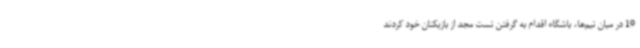
19 در میان تیم‌ها، باشگاه اقدام به گرفتن تست مجد از بازیکنان خود کردند